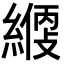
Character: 𦄱